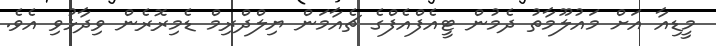
މީޑިއާ އަށް މައުލޫމާތު ދެމުން ޓީއެފްއެފްގެ ޗެއާމަން ޔިލްދްރިމް ޑެމިރޮރެން ވިދާޅުވި އެވެ.